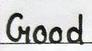
Good